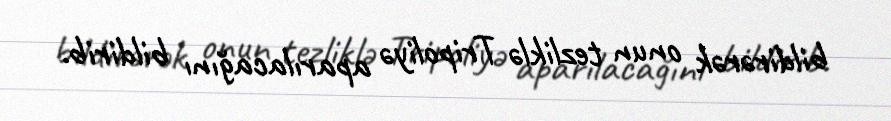
bildirərək onun tezliklə Tripoliyə aparılacağını bildirib.